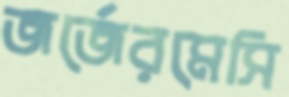
জর্জেরমেসি